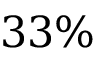
3 3 \%